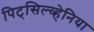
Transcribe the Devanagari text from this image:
पिट्‌सिल्व्हेनिया